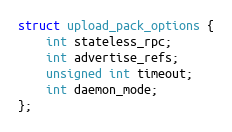
Language: C
struct upload_pack_options {
	int stateless_rpc;
	int advertise_refs;
	unsigned int timeout;
	int daemon_mode;
};